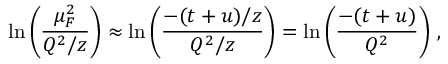
\ln \left( \frac { \mu _ { F } ^ { 2 } } { Q ^ { 2 } / z } \right) \approx \ln \left( \frac { - ( t + u ) / z } { Q ^ { 2 } / z } \right) = \ln \left( \frac { - ( t + u ) } { Q ^ { 2 } } \right) \, ,